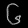
Digit: ၆